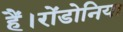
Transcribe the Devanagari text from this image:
हैं।रोंडोनिया